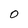
Character: O